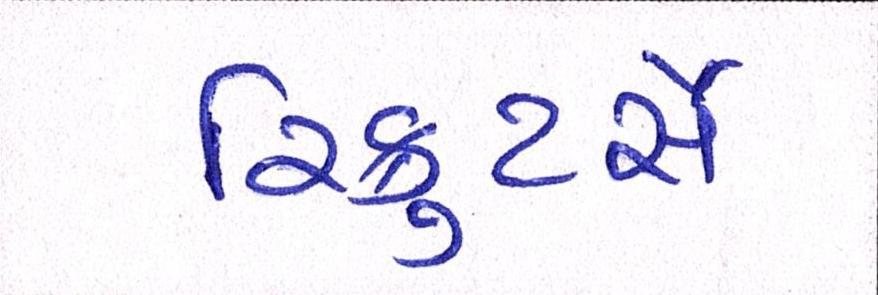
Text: રિક્રુટર્સે